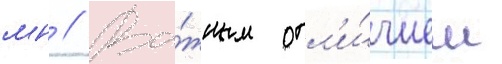
мн // Ва́жным отл'и́чием